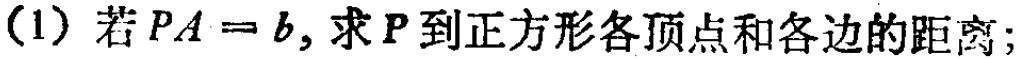
(1) 若 \(PA = b\)，求 \(P\) 到正方形各顶点和各边的距离；